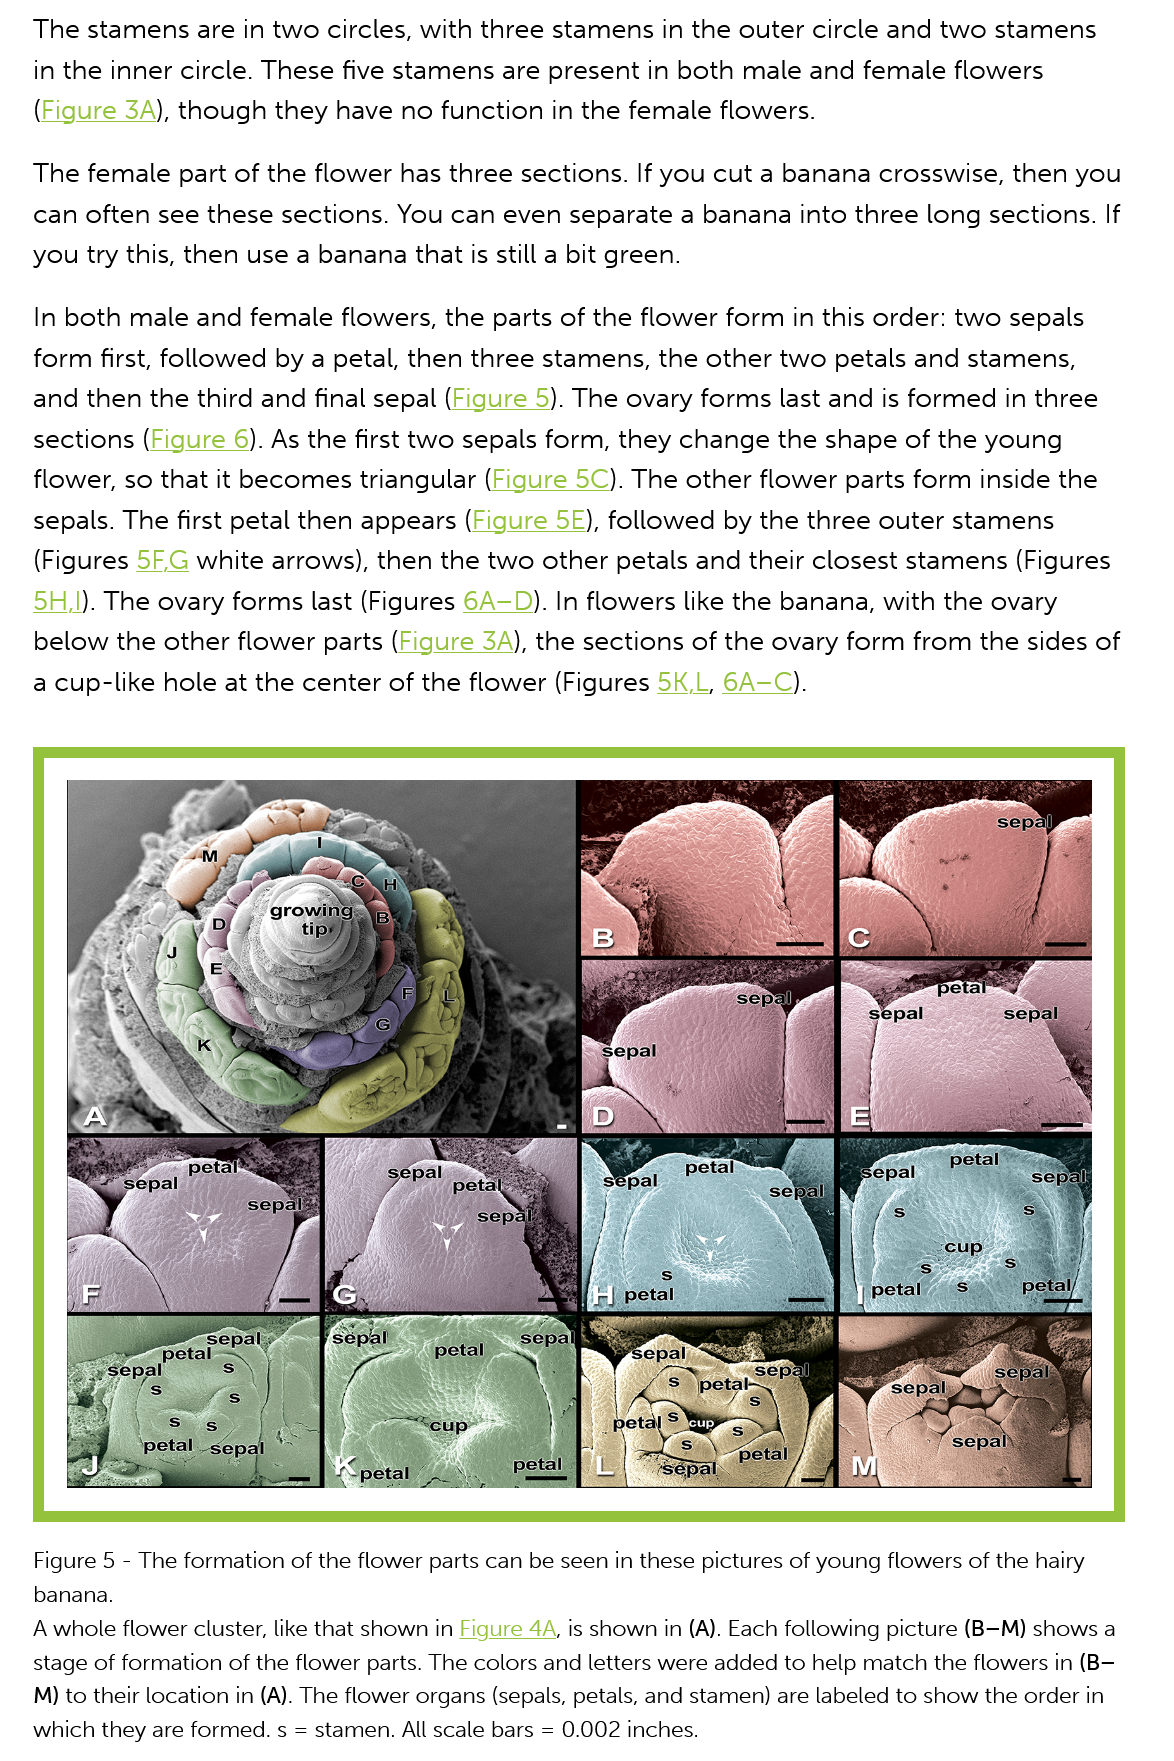
The  stamens are  in two circles, with three stamens in the outer circle and two stamens
   in the inner circle. These five stamens are present in both male and  female flowers
   (Figure 3A), though they  have no function  in the female flowers.
   The  female  part of the flower has three sections. If you cut a banana crosswise, then you
   can  often see these sections. You can  even separate a banana into  three long sections. If
   you try this, then use a banana that is still a bit green.
    In both male and female  flowers, the parts of the flower form in this order: two sepals
   form  first, followed by a petal, then three stamens, the other two petals and stamens,
   and  then the third and final sepal (Figure 5). The ovary forms last and is formed in three
   sections  (Figure 6). As the first two sepals form, they change the shape of the young
   flower, so that it becomes triangular (Figure 5C). The other flower parts form inside the

   sepals. The first petal then appears (Figure 5E), followed by the three outer stamens

   (Figures 5F.G white arrows), then the two  other petals and their closest stamens (Figures
   5H.1). The ovary forms last (Figures 6A—D). In flowers like the banana, with the ovary
   below  the other flower  parts (Figure 3A), the sections of the ovary form from the sides of

   a cup-like hole at the center of the flower (Figures 5K,L, 6A—C).
   Figure 5
     -
     The formation of the flower parts can be seen in these pictures of young flowers of the hairy
   banana.
   A whole flower cluster, like that shown in Figure 4A, is shown in (A). Each following picture (B—M) shows a
   stage of formation of the flower parts. The colors and letters were added to help match the flowers in (B—
   M) to their location in (A). The flower organs (sepals, petals, and stamen) are labeled to show the order in
   which they are formed. s = stamen. All scale bars = 0.002 inches.
     _sepal
     petal’
     sep.
     ‘petal
     ‘petal
     (Oe
     sepal
     sepal
     sepalg
     petal
     Sepall
     “cup’
     G
     “petal
     petal
     sepap
     sepaly
     a,
     ‘sepal
     "petal
     sepal    sepal
     a
     petal
     petal
     iSepal
     ‘cup
     petal
     petal—
     petal
     canal
     sepaly
     et
     "
     sepal)